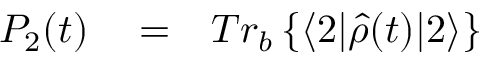
\begin{array} { r l r } { P _ { 2 } ( t ) } & { { } = } & { T r _ { b } \left\{ \langle 2 | \hat { \rho } ( t ) | 2 \rangle \right\} } \end{array}